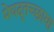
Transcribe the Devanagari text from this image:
मेघदूतच्छाया